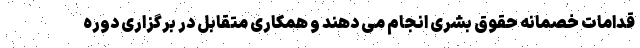
قدامات خصمانه حقوق بشری انجام می دهند و همکاری متقابل در برگزاری دوره